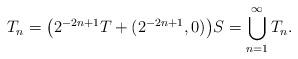
LaTeX: \begin{align*}T_n = \big( 2^{-2n+1}T + (2^{-2n+1},0)\big)S = \bigcup_{n = 1}^{\infty} T_n.\end{align*}